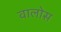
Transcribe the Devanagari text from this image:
वालोस